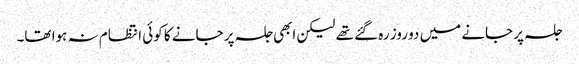
جلسہ پر جانے میں دو روز رہ گئے تھے لیکن ابھی جلسہ پر جانے کا کوئی انتظام نہ ہوا تھا۔